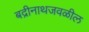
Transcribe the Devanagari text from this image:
बद्रीनाथजवळील